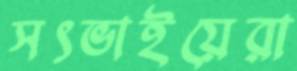
সৎভাইয়েরা